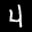
Digit: 4